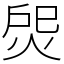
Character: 焈